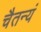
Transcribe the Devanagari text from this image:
चैतन्यं